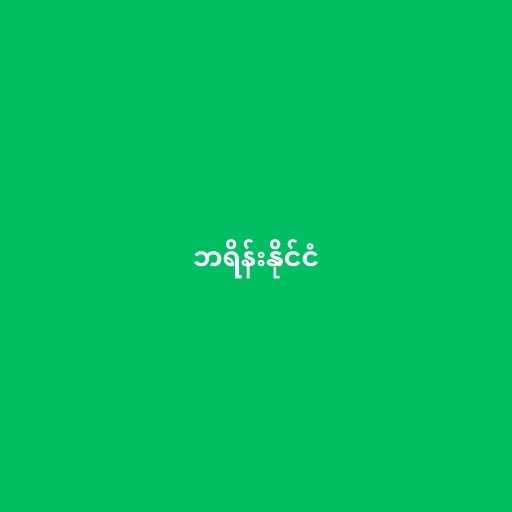
ဘရိန်းနိုင်ငံ